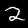
Digit: 2